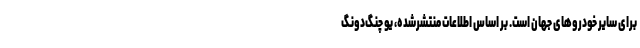
برای سایر خودروهای جهان است. بر اساس اطلاعات منتشرشده، یو چنگ‌دونگ